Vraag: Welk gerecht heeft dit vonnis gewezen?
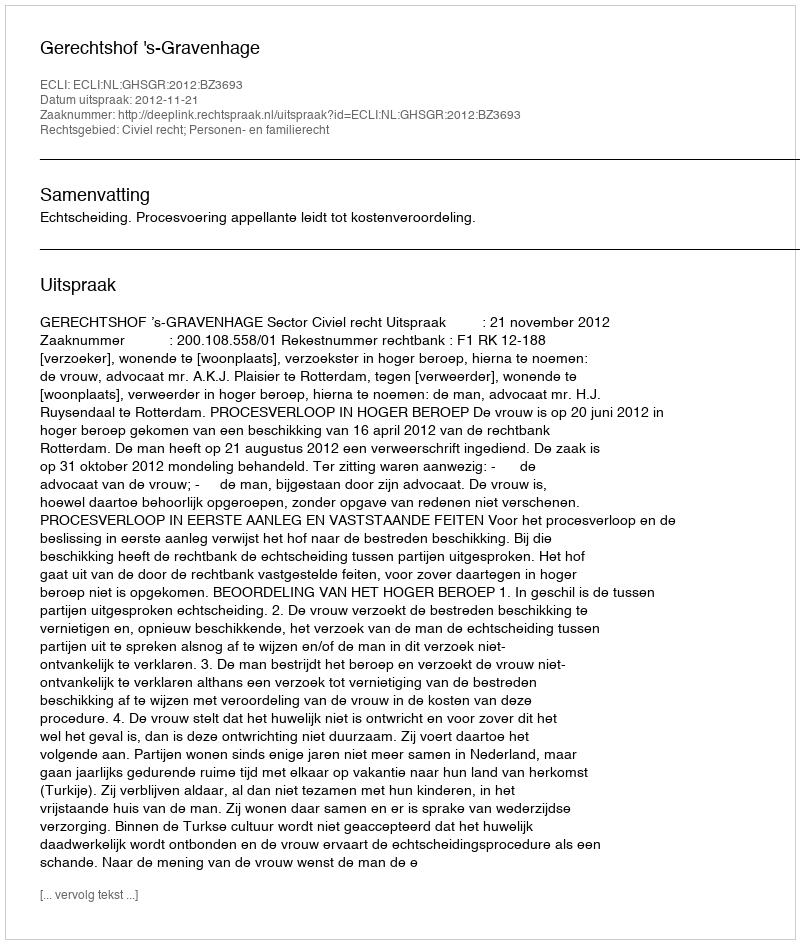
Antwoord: Gerechtshof 's-Gravenhage